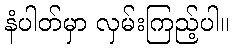
နံပါတ်မှာ လှမ်းကြည့်ပါ။